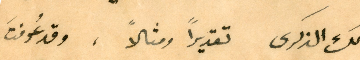
لك الذكرى تقديراً ومثالاً، وقد عُرفتَ